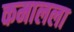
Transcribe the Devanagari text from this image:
कमालला